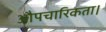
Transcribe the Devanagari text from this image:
औपचारिकता।